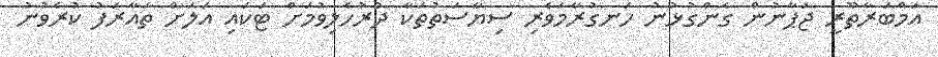
އަމްބަރާތޫރީ ޖަޕާނުން ގެންގުޅުނު ހަނގުރާމަވެރި ސިޔާސަތުތަކާ ދުރުހެލިވުމަށް ޓަކައި އަލަށް ތައާރަފު ކުރެވުނު